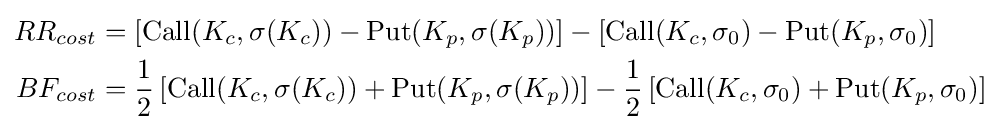
{\begin{aligned}RR_{cost}&=\left[{\textrm {Call}}(K_{c},\sigma (K_{c}))-{\textrm {Put}}(K_{p},\sigma (K_{p}))\right]-\left[{\textrm {Call}}(K_{c},\sigma _{0})-{\textrm {Put}}(K_{p},\sigma _{0})\right]\\BF_{cost}&={\frac {1}{2}}\left[{\textrm {Call}}(K_{c},\sigma (K_{c}))+{\textrm {Put}}(K_{p},\sigma (K_{p}))\right]-{\frac {1}{2}}\left[{\textrm {Call}}(K_{c},\sigma _{0})+{\textrm {Put}}(K_{p},\sigma _{0})\right]\end{aligned}}